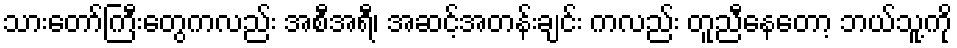
သားတော်ကြီးတွေကလည်း အစီအရီ၊ အဆင့်အတန်းချင်း ကလည်း တူညီနေတော့ ဘယ်သူ့ကို